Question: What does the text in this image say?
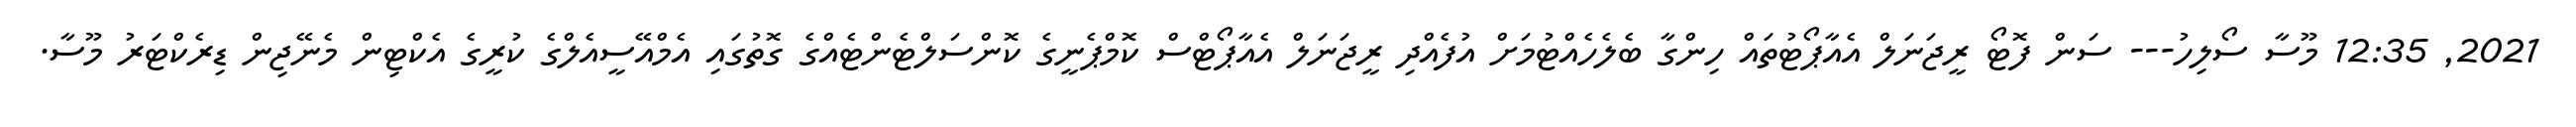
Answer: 2021, 12:35 މޫސާ ސޯލިހު--- ސަން ފޮޓޯ ރީޖަނަލް އެއާޕޯޓުތައް ހިންގާ ބެލެހެއްޓުމަށް އުފެއްދި ރީޖަނަލް އެއާޕޯޓްސް ކޮމްޕެނީގެ ކޮންސަލްޓެންޓެއްގެ ގޮތުގައި އެމްއޭސީއެލްގެ ކުރީގެ އެކްޓިން މެނޭޖިން ޑިރެކްޓަރު މޫސާ.